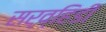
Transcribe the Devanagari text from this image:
सर्व्हिडी